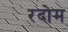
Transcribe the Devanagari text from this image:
रदोम